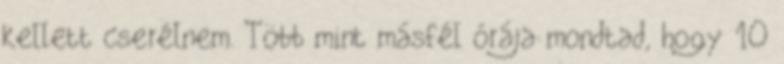
kellett cserélnem. Több mint másfél órája mondtad, hogy 10